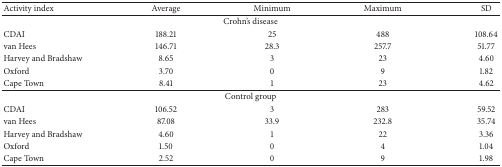
<table><thead><tr><td><b>Activity index</b></td><td><b>Average</b></td><td><b>Minimum</b></td><td><b>Maximum</b></td><td><b>SD</b></td></tr></thead><tbody><tr><td colspan="5">Crohn&#x27;s disease</td></tr><tr><td>CDAI</td><td>188.21</td><td>25</td><td>488</td><td>108.64</td></tr><tr><td>van Hees</td><td>146.71</td><td>28.3</td><td>257.7</td><td>51.77</td></tr><tr><td>Harvey and Bradshaw</td><td>8.65</td><td>3</td><td>23</td><td>4.60</td></tr><tr><td>Oxford</td><td>3.70</td><td>0</td><td>9</td><td>1.82</td></tr><tr><td>Cape Town</td><td>8.41</td><td>1</td><td>23</td><td>4.62</td></tr><tr><td colspan="5">Control group</td></tr><tr><td>CDAI</td><td>106.52</td><td>3</td><td>283</td><td>59.52</td></tr><tr><td>van Hees</td><td>87.08</td><td>33.9</td><td>232.8</td><td>35.74</td></tr><tr><td>Harvey and Bradshaw</td><td>4.60</td><td>1</td><td>22</td><td>3.36</td></tr><tr><td>Oxford</td><td>1.50</td><td>0</td><td>4</td><td>1.04</td></tr><tr><td>Cape Town</td><td>2.52</td><td>0</td><td>9</td><td>1.98</td></tr></tbody></table>